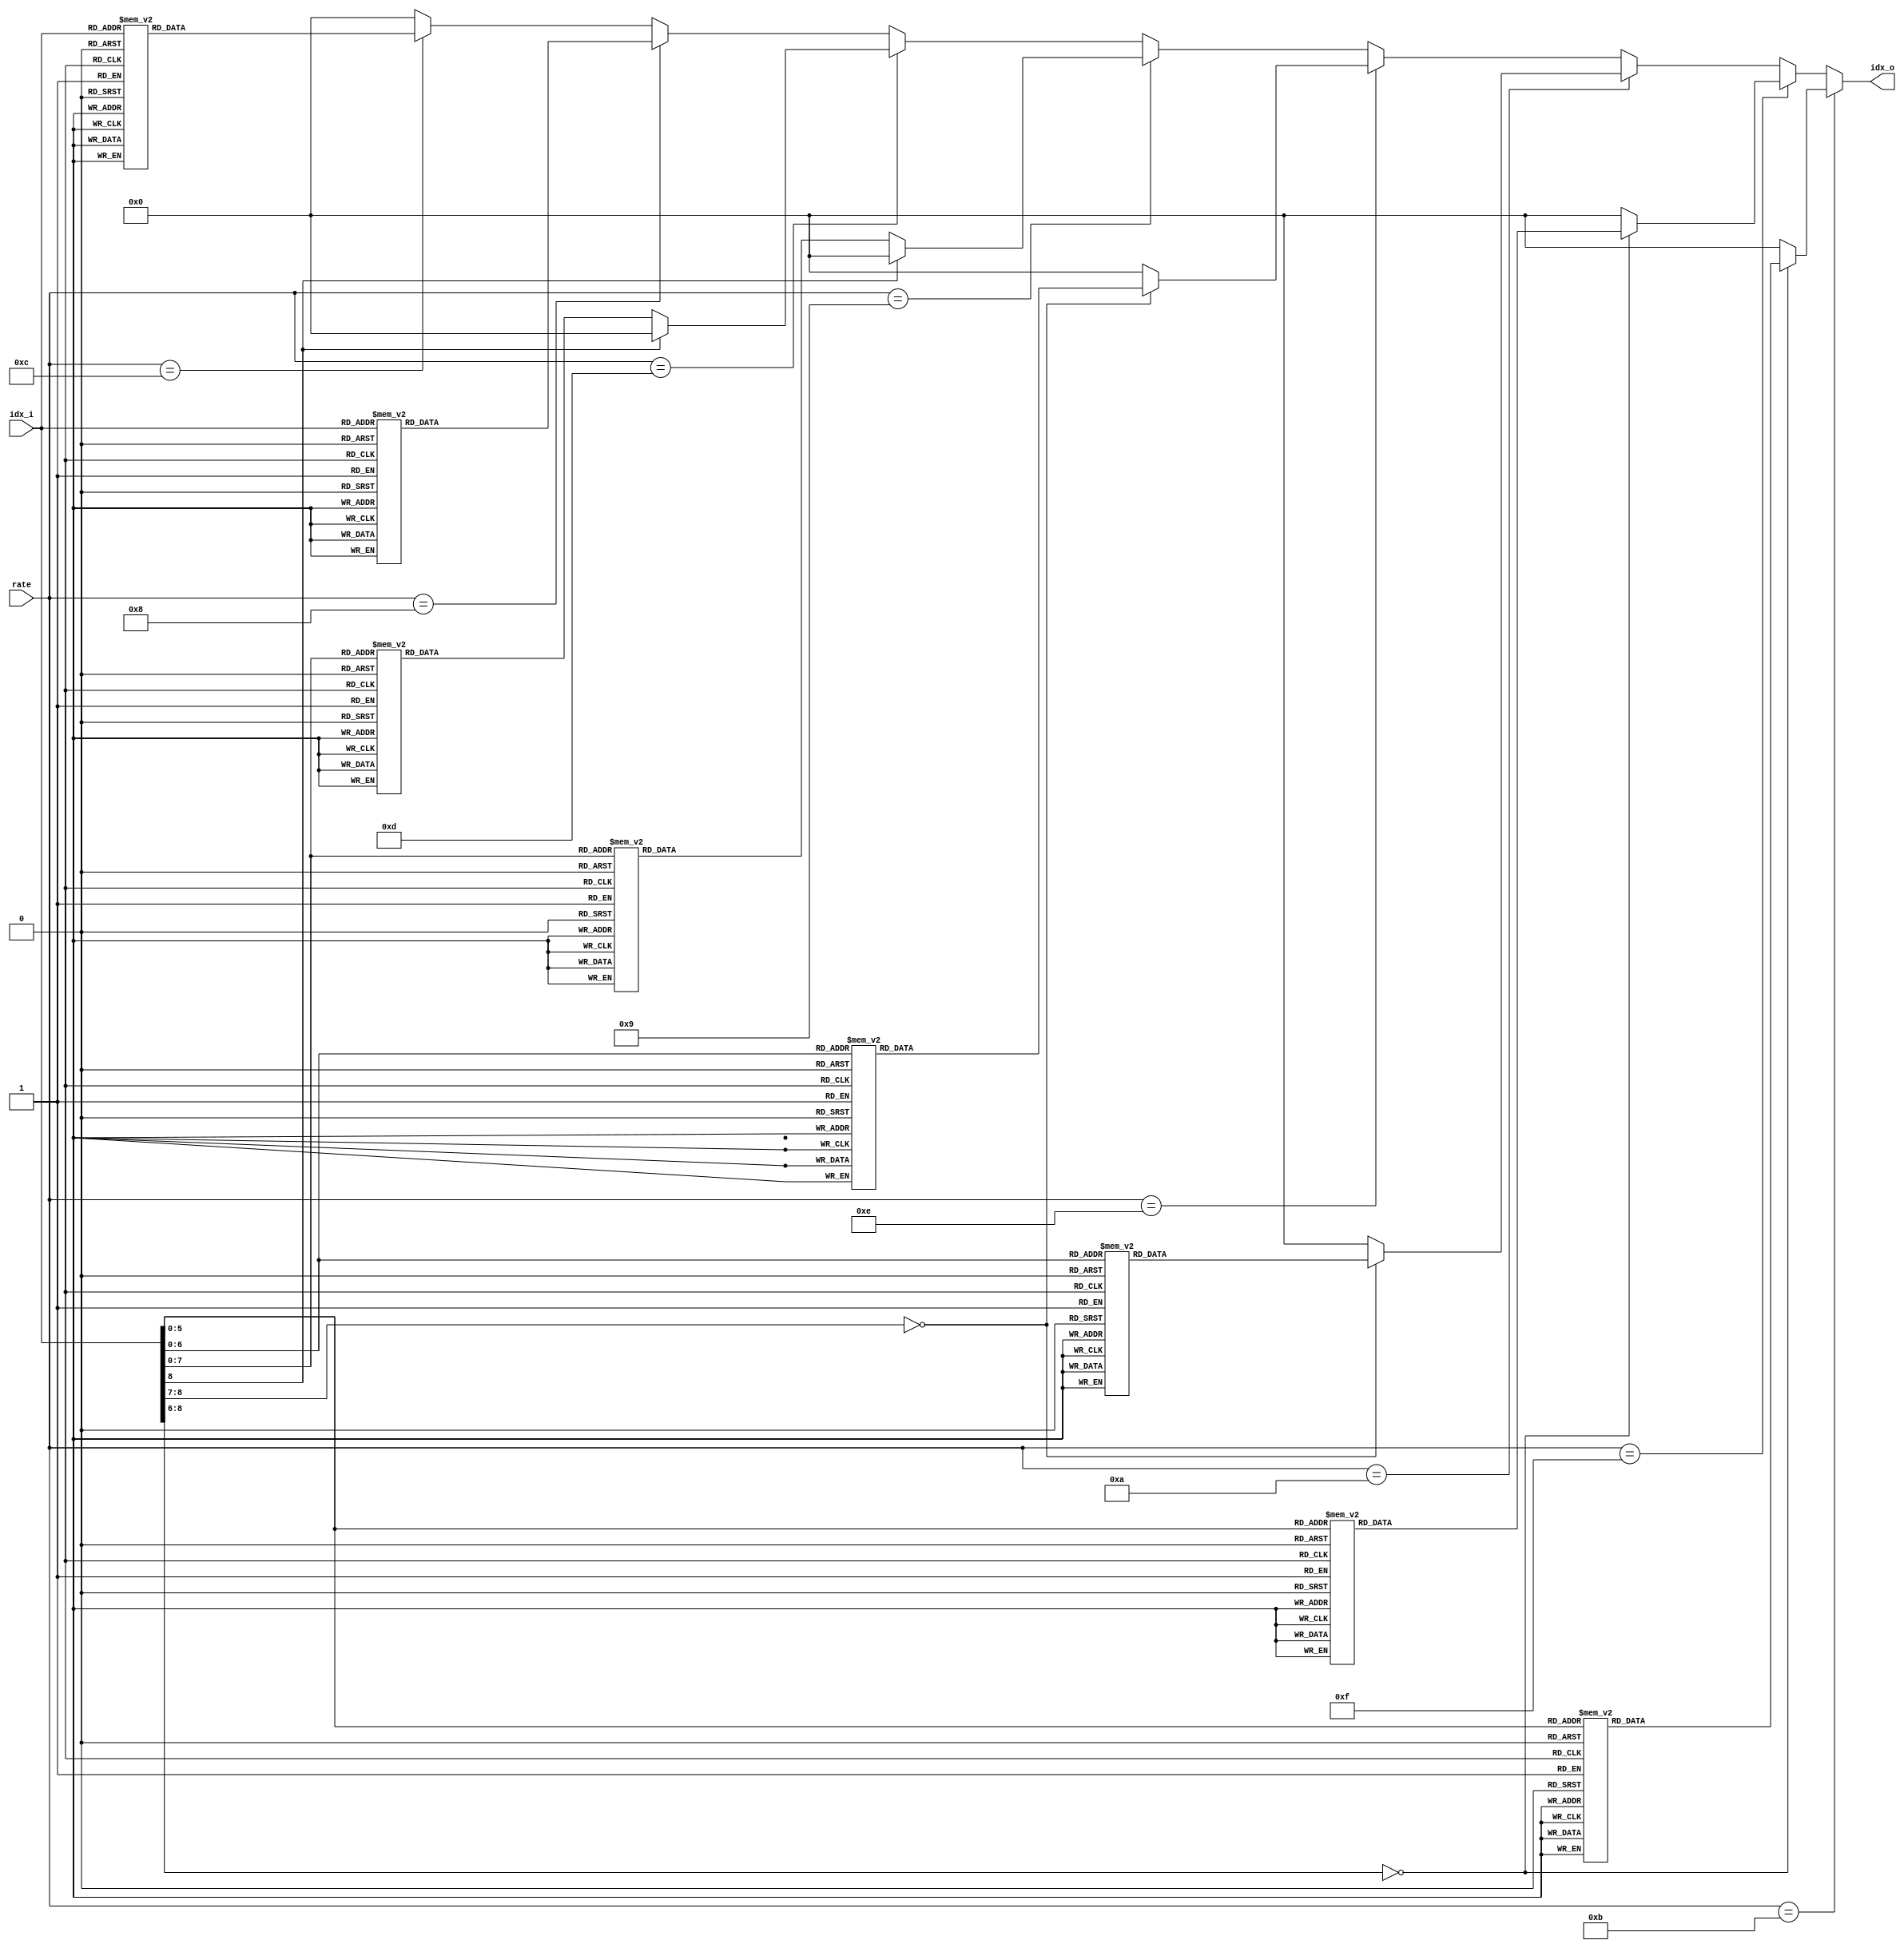
/*
 * interleaver_lut - TODO
 *
 * Michael Tetemke Mehari michael.mehari@ugent.be
 */

module interleaver_lut
(
  input  wire [3:0] rate,
  input  wire [8:0] idx_i,
  output reg  [8:0] idx_o 
);

  always @ * begin
    idx_o = 0;
	// 6 Mbps
	if(rate == 4'b1011) begin
	  case (idx_i)
		 0:     idx_o = 47;
		 1:     idx_o = 31;
		 2:     idx_o = 15;
		 3:     idx_o = 46;
		 4:     idx_o = 30;
		 5:     idx_o = 14;
		 6:     idx_o = 45;
		 7:     idx_o = 29;
		 8:     idx_o = 13;
		 9:     idx_o = 44;
		10:     idx_o = 28;
		11:     idx_o = 12;
		12:     idx_o = 43;
		13:     idx_o = 27;
		14:     idx_o = 11;
		15:     idx_o = 42;
		16:     idx_o = 26;
		17:     idx_o = 10;
		18:     idx_o = 41;
		19:     idx_o = 25;
		20:     idx_o = 9;
		21:     idx_o = 40;
		22:     idx_o = 24;
		23:     idx_o = 8;
		24:     idx_o = 39;
		25:     idx_o = 23;
		26:     idx_o = 7;
		27:     idx_o = 38;
		28:     idx_o = 22;
		29:     idx_o = 6;
		30:     idx_o = 37;
		31:     idx_o = 21;
		32:     idx_o = 5;
		33:     idx_o = 36;
		34:     idx_o = 20;
		35:     idx_o = 4;
		36:     idx_o = 35;
		37:     idx_o = 19;
		38:     idx_o = 3;
		39:     idx_o = 34;
		40:     idx_o = 18;
		41:     idx_o = 2;
		42:     idx_o = 33;
		43:     idx_o = 17;
		44:     idx_o = 1;
		45:     idx_o = 32;
		46:     idx_o = 16;
		47:     idx_o = 0;
	  endcase
	end

	// 9 Mbps
	else if(rate == 4'b1111) begin
	  case (idx_i)
         0 :     idx_o = 71;
         1 :     idx_o = 47;
         2 :     idx_o = 23;
         3 :     idx_o = 70;
         4 :     idx_o = 46;
         5 :     idx_o = 22;
         6 :     idx_o = 69;
         7 :     idx_o = 45;
         8 :     idx_o = 21;
         9 :     idx_o = 66;
        10 :     idx_o = 42;
        11 :     idx_o = 18;
        12 :     idx_o = 65;
        13 :     idx_o = 41;
        14 :     idx_o = 17;
        15 :     idx_o = 64;
        16 :     idx_o = 40;
        17 :     idx_o = 16;
        18 :     idx_o = 63;
        19 :     idx_o = 39;
        20 :     idx_o = 15;
        21 :     idx_o = 60;
        22 :     idx_o = 36;
        23 :     idx_o = 12;
        24 :     idx_o = 59;
        25 :     idx_o = 35;
        26 :     idx_o = 11;
        27 :     idx_o = 58;
        28 :     idx_o = 34;
        29 :     idx_o = 10;
        30 :     idx_o = 57;
        31 :     idx_o = 33;
        32 :     idx_o = 9;
        33 :     idx_o = 54;
        34 :     idx_o = 30;
        35 :     idx_o = 6;
        36 :     idx_o = 53;
        37 :     idx_o = 29;
        38 :     idx_o = 5;
        39 :     idx_o = 52;
        40 :     idx_o = 28;
        41 :     idx_o = 4;
        42 :     idx_o = 51;
        43 :     idx_o = 27;
        44 :     idx_o = 3;
        45 :     idx_o = 48;
        46 :     idx_o = 24;
        47 :     idx_o = 0;
	  endcase
	end

	// 12 Mbps
	else if(rate == 4'b1010) begin
	  case (idx_i)
		 0:     idx_o = 95;
		 1:     idx_o = 79;
		 2:     idx_o = 63;
		 3:     idx_o = 47;
		 4:     idx_o = 31;
		 5:     idx_o = 15;
		 6:     idx_o = 94;
		 7:     idx_o = 78;
		 8:     idx_o = 62;
		 9:     idx_o = 46;
		10:     idx_o = 30;
		11:     idx_o = 14;
		12:     idx_o = 93;
		13:     idx_o = 77;
		14:     idx_o = 61;
		15:     idx_o = 45;
		16:     idx_o = 29;
		17:     idx_o = 13;
		18:     idx_o = 92;
		19:     idx_o = 76;
		20:     idx_o = 60;
		21:     idx_o = 44;
		22:     idx_o = 28;
		23:     idx_o = 12;
		24:     idx_o = 91;
		25:     idx_o = 75;
		26:     idx_o = 59;
		27:     idx_o = 43;
		28:     idx_o = 27;
		29:     idx_o = 11;
		30:     idx_o = 90;
		31:     idx_o = 74;
		32:     idx_o = 58;
		33:     idx_o = 42;
		34:     idx_o = 26;
		35:     idx_o = 10;
		36:     idx_o = 89;
		37:     idx_o = 73;
		38:     idx_o = 57;
		39:     idx_o = 41;
		40:     idx_o = 25;
		41:     idx_o = 9;
		42:     idx_o = 88;
		43:     idx_o = 72;
		44:     idx_o = 56;
		45:     idx_o = 40;
		46:     idx_o = 24;
		47:     idx_o = 8;
		48:     idx_o = 87;
		49:     idx_o = 71;
		50:     idx_o = 55;
		51:     idx_o = 39;
		52:     idx_o = 23;
		53:     idx_o = 7;
		54:     idx_o = 86;
		55:     idx_o = 70;
		56:     idx_o = 54;
		57:     idx_o = 38;
		58:     idx_o = 22;
		59:     idx_o = 6;
		60:     idx_o = 85;
		61:     idx_o = 69;
		62:     idx_o = 53;
		63:     idx_o = 37;
		64:     idx_o = 21;
		65:     idx_o = 5;
		66:     idx_o = 84;
		67:     idx_o = 68;
		68:     idx_o = 52;
		69:     idx_o = 36;
		70:     idx_o = 20;
		71:     idx_o = 4;
		72:     idx_o = 83;
		73:     idx_o = 67;
		74:     idx_o = 51;
		75:     idx_o = 35;
		76:     idx_o = 19;
		77:     idx_o = 3;
		78:     idx_o = 82;
		79:     idx_o = 66;
		80:     idx_o = 50;
		81:     idx_o = 34;
		82:     idx_o = 18;
		83:     idx_o = 2;
		84:     idx_o = 81;
		85:     idx_o = 65;
		86:     idx_o = 49;
		87:     idx_o = 33;
		88:     idx_o = 17;
		89:     idx_o = 1;
		90:     idx_o = 80;
		91:     idx_o = 64;
		92:     idx_o = 48;
		93:     idx_o = 32;
		94:     idx_o = 16;
		95:     idx_o = 0;
	  endcase
	end

	// 18 Mbps
	else if(rate == 4'b1110) begin
	  case (idx_i)
         0 :     idx_o = 143;
         1 :     idx_o = 119;
         2 :     idx_o = 95;
         3 :     idx_o = 71;
         4 :     idx_o = 47;
         5 :     idx_o = 23;
         6 :     idx_o = 142;
         7 :     idx_o = 118;
         8 :     idx_o = 94;
         9 :     idx_o = 70;
        10 :     idx_o = 46;
        11 :     idx_o = 22;
        12 :     idx_o = 141;
        13 :     idx_o = 117;
        14 :     idx_o = 93;
        15 :     idx_o = 69;
        16 :     idx_o = 45;
        17 :     idx_o = 21;
        18 :     idx_o = 138;
        19 :     idx_o = 114;
        20 :     idx_o = 90;
        21 :     idx_o = 66;
        22 :     idx_o = 42;
        23 :     idx_o = 18;
        24 :     idx_o = 137;
        25 :     idx_o = 113;
        26 :     idx_o = 89;
        27 :     idx_o = 65;
        28 :     idx_o = 41;
        29 :     idx_o = 17;
        30 :     idx_o = 136;
        31 :     idx_o = 112;
        32 :     idx_o = 88;
        33 :     idx_o = 64;
        34 :     idx_o = 40;
        35 :     idx_o = 16;
        36 :     idx_o = 135;
        37 :     idx_o = 111;
        38 :     idx_o = 87;
        39 :     idx_o = 63;
        40 :     idx_o = 39;
        41 :     idx_o = 15;
        42 :     idx_o = 132;
        43 :     idx_o = 108;
        44 :     idx_o = 84;
        45 :     idx_o = 60;
        46 :     idx_o = 36;
        47 :     idx_o = 12;
        48 :     idx_o = 131;
        49 :     idx_o = 107;
        50 :     idx_o = 83;
        51 :     idx_o = 59;
        52 :     idx_o = 35;
        53 :     idx_o = 11;
        54 :     idx_o = 130;
        55 :     idx_o = 106;
        56 :     idx_o = 82;
        57 :     idx_o = 58;
        58 :     idx_o = 34;
        59 :     idx_o = 10;
        60 :     idx_o = 129;
        61 :     idx_o = 105;
        62 :     idx_o = 81;
        63 :     idx_o = 57;
        64 :     idx_o = 33;
        65 :     idx_o = 9;
        66 :     idx_o = 126;
        67 :     idx_o = 102;
        68 :     idx_o = 78;
        69 :     idx_o = 54;
        70 :     idx_o = 30;
        71 :     idx_o = 6;
        72 :     idx_o = 125;
        73 :     idx_o = 101;
        74 :     idx_o = 77;
        75 :     idx_o = 53;
        76 :     idx_o = 29;
        77 :     idx_o = 5;
        78 :     idx_o = 124;
        79 :     idx_o = 100;
        80 :     idx_o = 76;
        81 :     idx_o = 52;
        82 :     idx_o = 28;
        83 :     idx_o = 4;
        84 :     idx_o = 123;
        85 :     idx_o = 99;
        86 :     idx_o = 75;
        87 :     idx_o = 51;
        88 :     idx_o = 27;
        89 :     idx_o = 3;
        90 :     idx_o = 120;
        91 :     idx_o = 96;
        92 :     idx_o = 72;
        93 :     idx_o = 48;
        94 :     idx_o = 24;
        95 :     idx_o = 0;
	  endcase
	end

	// 24 Mbps
	else if(rate == 4'b1001) begin
	  case (idx_i)
		  0:     idx_o = 191;
		  1:     idx_o = 175;
		  2:     idx_o = 159;
		  3:     idx_o = 143;
		  4:     idx_o = 127;
		  5:     idx_o = 111;
		  6:     idx_o = 95;
		  7:     idx_o = 79;
		  8:     idx_o = 63;
		  9:     idx_o = 47;
		 10:     idx_o = 31;
		 11:     idx_o = 15;
		 12:     idx_o = 174;
		 13:     idx_o = 190;
		 14:     idx_o = 142;
		 15:     idx_o = 158;
		 16:     idx_o = 110;
		 17:     idx_o = 126;
		 18:     idx_o = 78;
		 19:     idx_o = 94;
		 20:     idx_o = 46;
		 21:     idx_o = 62;
		 22:     idx_o = 14;
		 23:     idx_o = 30;
		 24:     idx_o = 189;
		 25:     idx_o = 173;
		 26:     idx_o = 157;
		 27:     idx_o = 141;
		 28:     idx_o = 125;
		 29:     idx_o = 109;
		 30:     idx_o = 93;
		 31:     idx_o = 77;
		 32:     idx_o = 61;
		 33:     idx_o = 45;
		 34:     idx_o = 29;
		 35:     idx_o = 13;
		 36:     idx_o = 172;
		 37:     idx_o = 188;
		 38:     idx_o = 140;
		 39:     idx_o = 156;
		 40:     idx_o = 108;
		 41:     idx_o = 124;
		 42:     idx_o = 76;
		 43:     idx_o = 92;
		 44:     idx_o = 44;
		 45:     idx_o = 60;
		 46:     idx_o = 12;
		 47:     idx_o = 28;
		 48:     idx_o = 187;
		 49:     idx_o = 171;
		 50:     idx_o = 155;
		 51:     idx_o = 139;
		 52:     idx_o = 123;
		 53:     idx_o = 107;
		 54:     idx_o = 91;
		 55:     idx_o = 75;
		 56:     idx_o = 59;
		 57:     idx_o = 43;
		 58:     idx_o = 27;
		 59:     idx_o = 11;
		 60:     idx_o = 170;
		 61:     idx_o = 186;
		 62:     idx_o = 138;
		 63:     idx_o = 154;
		 64:     idx_o = 106;
		 65:     idx_o = 122;
		 66:     idx_o = 74;
		 67:     idx_o = 90;
		 68:     idx_o = 42;
		 69:     idx_o = 58;
		 70:     idx_o = 10;
		 71:     idx_o = 26;
		 72:     idx_o = 185;
		 73:     idx_o = 169;
		 74:     idx_o = 153;
		 75:     idx_o = 137;
		 76:     idx_o = 121;
		 77:     idx_o = 105;
		 78:     idx_o = 89;
		 79:     idx_o = 73;
		 80:     idx_o = 57;
		 81:     idx_o = 41;
		 82:     idx_o = 25;
		 83:     idx_o = 9;
		 84:     idx_o = 168;
		 85:     idx_o = 184;
		 86:     idx_o = 136;
		 87:     idx_o = 152;
		 88:     idx_o = 104;
		 89:     idx_o = 120;
		 90:     idx_o = 72;
		 91:     idx_o = 88;
		 92:     idx_o = 40;
		 93:     idx_o = 56;
		 94:     idx_o = 8;
		 95:     idx_o = 24;
		 96:     idx_o = 183;
		 97:     idx_o = 167;
		 98:     idx_o = 151;
		 99:     idx_o = 135;
		100:     idx_o = 119;
		101:     idx_o = 103;
		102:     idx_o = 87;
		103:     idx_o = 71;
		104:     idx_o = 55;
		105:     idx_o = 39;
		106:     idx_o = 23;
		107:     idx_o = 7;
		108:     idx_o = 166;
		109:     idx_o = 182;
		110:     idx_o = 134;
		111:     idx_o = 150;
		112:     idx_o = 102;
		113:     idx_o = 118;
		114:     idx_o = 70;
		115:     idx_o = 86;
		116:     idx_o = 38;
		117:     idx_o = 54;
		118:     idx_o = 6;
		119:     idx_o = 22;
		120:     idx_o = 181;
		121:     idx_o = 165;
		122:     idx_o = 149;
		123:     idx_o = 133;
		124:     idx_o = 117;
		125:     idx_o = 101;
		126:     idx_o = 85;
		127:     idx_o = 69;
		128:     idx_o = 53;
		129:     idx_o = 37;
		130:     idx_o = 21;
		131:     idx_o = 5;
		132:     idx_o = 164;
		133:     idx_o = 180;
		134:     idx_o = 132;
		135:     idx_o = 148;
		136:     idx_o = 100;
		137:     idx_o = 116;
		138:     idx_o = 68;
		139:     idx_o = 84;
		140:     idx_o = 36;
		141:     idx_o = 52;
		142:     idx_o = 4;
		143:     idx_o = 20;
		144:     idx_o = 179;
		145:     idx_o = 163;
		146:     idx_o = 147;
		147:     idx_o = 131;
		148:     idx_o = 115;
		149:     idx_o = 99;
		150:     idx_o = 83;
		151:     idx_o = 67;
		152:     idx_o = 51;
		153:     idx_o = 35;
		154:     idx_o = 19;
		155:     idx_o = 3;
		156:     idx_o = 162;
		157:     idx_o = 178;
		158:     idx_o = 130;
		159:     idx_o = 146;
		160:     idx_o = 98;
		161:     idx_o = 114;
		162:     idx_o = 66;
		163:     idx_o = 82;
		164:     idx_o = 34;
		165:     idx_o = 50;
		166:     idx_o = 2;
		167:     idx_o = 18;
		168:     idx_o = 177;
		169:     idx_o = 161;
		170:     idx_o = 145;
		171:     idx_o = 129;
		172:     idx_o = 113;
		173:     idx_o = 97;
		174:     idx_o = 81;
		175:     idx_o = 65;
		176:     idx_o = 49;
		177:     idx_o = 33;
		178:     idx_o = 17;
		179:     idx_o = 1;
		180:     idx_o = 160;
		181:     idx_o = 176;
		182:     idx_o = 128;
		183:     idx_o = 144;
		184:     idx_o = 96;
		185:     idx_o = 112;
		186:     idx_o = 64;
		187:     idx_o = 80;
		188:     idx_o = 32;
		189:     idx_o = 48;
		190:     idx_o = 0;
		191:     idx_o = 16;
	  endcase
	end

	// 36 Mbps
	else if(rate == 4'b1101) begin
	  case (idx_i)
          0 :     idx_o = 287;
          1 :     idx_o = 263;
          2 :     idx_o = 239;
          3 :     idx_o = 215;
          4 :     idx_o = 191;
          5 :     idx_o = 167;
          6 :     idx_o = 143;
          7 :     idx_o = 119;
          8 :     idx_o = 95;
          9 :     idx_o = 71;
         10 :     idx_o = 47;
         11 :     idx_o = 23;
         12 :     idx_o = 262;
         13 :     idx_o = 286;
         14 :     idx_o = 214;
         15 :     idx_o = 238;
         16 :     idx_o = 166;
         17 :     idx_o = 190;
         18 :     idx_o = 118;
         19 :     idx_o = 142;
         20 :     idx_o = 70;
         21 :     idx_o = 94;
         22 :     idx_o = 22;
         23 :     idx_o = 46;
         24 :     idx_o = 285;
         25 :     idx_o = 261;
         26 :     idx_o = 237;
         27 :     idx_o = 213;
         28 :     idx_o = 189;
         29 :     idx_o = 165;
         30 :     idx_o = 141;
         31 :     idx_o = 117;
         32 :     idx_o = 93;
         33 :     idx_o = 69;
         34 :     idx_o = 45;
         35 :     idx_o = 21;
         36 :     idx_o = 258;
         37 :     idx_o = 282;
         38 :     idx_o = 210;
         39 :     idx_o = 234;
         40 :     idx_o = 162;
         41 :     idx_o = 186;
         42 :     idx_o = 114;
         43 :     idx_o = 138;
         44 :     idx_o = 66;
         45 :     idx_o = 90;
         46 :     idx_o = 18;
         47 :     idx_o = 42;
         48 :     idx_o = 281;
         49 :     idx_o = 257;
         50 :     idx_o = 233;
         51 :     idx_o = 209;
         52 :     idx_o = 185;
         53 :     idx_o = 161;
         54 :     idx_o = 137;
         55 :     idx_o = 113;
         56 :     idx_o = 89;
         57 :     idx_o = 65;
         58 :     idx_o = 41;
         59 :     idx_o = 17;
         60 :     idx_o = 256;
         61 :     idx_o = 280;
         62 :     idx_o = 208;
         63 :     idx_o = 232;
         64 :     idx_o = 160;
         65 :     idx_o = 184;
         66 :     idx_o = 112;
         67 :     idx_o = 136;
         68 :     idx_o = 64;
         69 :     idx_o = 88;
         70 :     idx_o = 16;
         71 :     idx_o = 40;
         72 :     idx_o = 279;
         73 :     idx_o = 255;
         74 :     idx_o = 231;
         75 :     idx_o = 207;
         76 :     idx_o = 183;
         77 :     idx_o = 159;
         78 :     idx_o = 135;
         79 :     idx_o = 111;
         80 :     idx_o = 87;
         81 :     idx_o = 63;
         82 :     idx_o = 39;
         83 :     idx_o = 15;
         84 :     idx_o = 252;
         85 :     idx_o = 276;
         86 :     idx_o = 204;
         87 :     idx_o = 228;
         88 :     idx_o = 156;
         89 :     idx_o = 180;
         90 :     idx_o = 108;
         91 :     idx_o = 132;
         92 :     idx_o = 60;
         93 :     idx_o = 84;
         94 :     idx_o = 12;
         95 :     idx_o = 36;
         96 :     idx_o = 275;
         97 :     idx_o = 251;
         98 :     idx_o = 227;
         99 :     idx_o = 203;
        100 :     idx_o = 179;
        101 :     idx_o = 155;
        102 :     idx_o = 131;
        103 :     idx_o = 107;
        104 :     idx_o = 83;
        105 :     idx_o = 59;
        106 :     idx_o = 35;
        107 :     idx_o = 11;
        108 :     idx_o = 250;
        109 :     idx_o = 274;
        110 :     idx_o = 202;
        111 :     idx_o = 226;
        112 :     idx_o = 154;
        113 :     idx_o = 178;
        114 :     idx_o = 106;
        115 :     idx_o = 130;
        116 :     idx_o = 58;
        117 :     idx_o = 82;
        118 :     idx_o = 10;
        119 :     idx_o = 34;
        120 :     idx_o = 273;
        121 :     idx_o = 249;
        122 :     idx_o = 225;
        123 :     idx_o = 201;
        124 :     idx_o = 177;
        125 :     idx_o = 153;
        126 :     idx_o = 129;
        127 :     idx_o = 105;
        128 :     idx_o = 81;
        129 :     idx_o = 57;
        130 :     idx_o = 33;
        131 :     idx_o = 9;
        132 :     idx_o = 246;
        133 :     idx_o = 270;
        134 :     idx_o = 198;
        135 :     idx_o = 222;
        136 :     idx_o = 150;
        137 :     idx_o = 174;
        138 :     idx_o = 102;
        139 :     idx_o = 126;
        140 :     idx_o = 54;
        141 :     idx_o = 78;
        142 :     idx_o = 6;
        143 :     idx_o = 30;
        144 :     idx_o = 269;
        145 :     idx_o = 245;
        146 :     idx_o = 221;
        147 :     idx_o = 197;
        148 :     idx_o = 173;
        149 :     idx_o = 149;
        150 :     idx_o = 125;
        151 :     idx_o = 101;
        152 :     idx_o = 77;
        153 :     idx_o = 53;
        154 :     idx_o = 29;
        155 :     idx_o = 5;
        156 :     idx_o = 244;
        157 :     idx_o = 268;
        158 :     idx_o = 196;
        159 :     idx_o = 220;
        160 :     idx_o = 148;
        161 :     idx_o = 172;
        162 :     idx_o = 100;
        163 :     idx_o = 124;
        164 :     idx_o = 52;
        165 :     idx_o = 76;
        166 :     idx_o = 4;
        167 :     idx_o = 28;
        168 :     idx_o = 267;
        169 :     idx_o = 243;
        170 :     idx_o = 219;
        171 :     idx_o = 195;
        172 :     idx_o = 171;
        173 :     idx_o = 147;
        174 :     idx_o = 123;
        175 :     idx_o = 99;
        176 :     idx_o = 75;
        177 :     idx_o = 51;
        178 :     idx_o = 27;
        179 :     idx_o = 3;
        180 :     idx_o = 240;
        181 :     idx_o = 264;
        182 :     idx_o = 192;
        183 :     idx_o = 216;
        184 :     idx_o = 144;
        185 :     idx_o = 168;
        186 :     idx_o = 96;
        187 :     idx_o = 120;
        188 :     idx_o = 48;
        189 :     idx_o = 72;
        190 :     idx_o = 0;
        191 :     idx_o = 24;
        
	  endcase
	end

	// 48 Mbps
	else if(rate == 4'b1000) begin
	  case (idx_i)
        0 :     idx_o = 383;
        1 :     idx_o = 362;
        2 :     idx_o = 341;
        3 :     idx_o = 319;
        4 :     idx_o = 298;
        5 :     idx_o = 277;
        6 :     idx_o = 255;
        7 :     idx_o = 234;
        8 :     idx_o = 213;
        9 :     idx_o = 191;
        10 :     idx_o = 170;
        11 :     idx_o = 149;
        12 :     idx_o = 127;
        13 :     idx_o = 106;
        14 :     idx_o = 85;
        15 :     idx_o = 63;
        16 :     idx_o = 42;
        17 :     idx_o = 21;
        18 :     idx_o = 361;
        19 :     idx_o = 339;
        20 :     idx_o = 382;
        21 :     idx_o = 297;
        22 :     idx_o = 275;
        23 :     idx_o = 318;
        24 :     idx_o = 233;
        25 :     idx_o = 211;
        26 :     idx_o = 254;
        27 :     idx_o = 169;
        28 :     idx_o = 147;
        29 :     idx_o = 190;
        30 :     idx_o = 105;
        31 :     idx_o = 83;
        32 :     idx_o = 126;
        33 :     idx_o = 41;
        34 :     idx_o = 19;
        35 :     idx_o = 62;
        36 :     idx_o = 338;
        37 :     idx_o = 381;
        38 :     idx_o = 359;
        39 :     idx_o = 274;
        40 :     idx_o = 317;
        41 :     idx_o = 295;
        42 :     idx_o = 210;
        43 :     idx_o = 253;
        44 :     idx_o = 231;
        45 :     idx_o = 146;
        46 :     idx_o = 189;
        47 :     idx_o = 167;
        48 :     idx_o = 82;
        49 :     idx_o = 125;
        50 :     idx_o = 103;
        51 :     idx_o = 18;
        52 :     idx_o = 61;
        53 :     idx_o = 39;
        54 :     idx_o = 379;
        55 :     idx_o = 358;
        56 :     idx_o = 337;
        57 :     idx_o = 315;
        58 :     idx_o = 294;
        59 :     idx_o = 273;
        60 :     idx_o = 251;
        61 :     idx_o = 230;
        62 :     idx_o = 209;
        63 :     idx_o = 187;
        64 :     idx_o = 166;
        65 :     idx_o = 145;
        66 :     idx_o = 123;
        67 :     idx_o = 102;
        68 :     idx_o = 81;
        69 :     idx_o = 59;
        70 :     idx_o = 38;
        71 :     idx_o = 17;
        72 :     idx_o = 357;
        73 :     idx_o = 335;
        74 :     idx_o = 378;
        75 :     idx_o = 293;
        76 :     idx_o = 271;
        77 :     idx_o = 314;
        78 :     idx_o = 229;
        79 :     idx_o = 207;
        80 :     idx_o = 250;
        81 :     idx_o = 165;
        82 :     idx_o = 143;
        83 :     idx_o = 186;
        84 :     idx_o = 101;
        85 :     idx_o = 79;
        86 :     idx_o = 122;
        87 :     idx_o = 37;
        88 :     idx_o = 15;
        89 :     idx_o = 58;
        90 :     idx_o = 334;
        91 :     idx_o = 377;
        92 :     idx_o = 355;
        93 :     idx_o = 270;
        94 :     idx_o = 313;
        95 :     idx_o = 291;
        96 :     idx_o = 206;
        97 :     idx_o = 249;
        98 :     idx_o = 227;
        99 :     idx_o = 142;
        100 :     idx_o = 185;
        101 :     idx_o = 163;
        102 :     idx_o = 78;
        103 :     idx_o = 121;
        104 :     idx_o = 99;
        105 :     idx_o = 14;
        106 :     idx_o = 57;
        107 :     idx_o = 35;
        108 :     idx_o = 375;
        109 :     idx_o = 354;
        110 :     idx_o = 333;
        111 :     idx_o = 311;
        112 :     idx_o = 290;
        113 :     idx_o = 269;
        114 :     idx_o = 247;
        115 :     idx_o = 226;
        116 :     idx_o = 205;
        117 :     idx_o = 183;
        118 :     idx_o = 162;
        119 :     idx_o = 141;
        120 :     idx_o = 119;
        121 :     idx_o = 98;
        122 :     idx_o = 77;
        123 :     idx_o = 55;
        124 :     idx_o = 34;
        125 :     idx_o = 13;
        126 :     idx_o = 353;
        127 :     idx_o = 331;
        128 :     idx_o = 374;
        129 :     idx_o = 289;
        130 :     idx_o = 267;
        131 :     idx_o = 310;
        132 :     idx_o = 225;
        133 :     idx_o = 203;
        134 :     idx_o = 246;
        135 :     idx_o = 161;
        136 :     idx_o = 139;
        137 :     idx_o = 182;
        138 :     idx_o = 97;
        139 :     idx_o = 75;
        140 :     idx_o = 118;
        141 :     idx_o = 33;
        142 :     idx_o = 11;
        143 :     idx_o = 54;
        144 :     idx_o = 330;
        145 :     idx_o = 373;
        146 :     idx_o = 351;
        147 :     idx_o = 266;
        148 :     idx_o = 309;
        149 :     idx_o = 287;
        150 :     idx_o = 202;
        151 :     idx_o = 245;
        152 :     idx_o = 223;
        153 :     idx_o = 138;
        154 :     idx_o = 181;
        155 :     idx_o = 159;
        156 :     idx_o = 74;
        157 :     idx_o = 117;
        158 :     idx_o = 95;
        159 :     idx_o = 10;
        160 :     idx_o = 53;
        161 :     idx_o = 31;
        162 :     idx_o = 371;
        163 :     idx_o = 350;
        164 :     idx_o = 329;
        165 :     idx_o = 307;
        166 :     idx_o = 286;
        167 :     idx_o = 265;
        168 :     idx_o = 243;
        169 :     idx_o = 222;
        170 :     idx_o = 201;
        171 :     idx_o = 179;
        172 :     idx_o = 158;
        173 :     idx_o = 137;
        174 :     idx_o = 115;
        175 :     idx_o = 94;
        176 :     idx_o = 73;
        177 :     idx_o = 51;
        178 :     idx_o = 30;
        179 :     idx_o = 9;
        180 :     idx_o = 349;
        181 :     idx_o = 327;
        182 :     idx_o = 370;
        183 :     idx_o = 285;
        184 :     idx_o = 263;
        185 :     idx_o = 306;
        186 :     idx_o = 221;
        187 :     idx_o = 199;
        188 :     idx_o = 242;
        189 :     idx_o = 157;
        190 :     idx_o = 135;
        191 :     idx_o = 178;
        192 :     idx_o = 93;
        193 :     idx_o = 71;
        194 :     idx_o = 114;
        195 :     idx_o = 29;
        196 :     idx_o = 7;
        197 :     idx_o = 50;
        198 :     idx_o = 326;
        199 :     idx_o = 369;
        200 :     idx_o = 347;
        201 :     idx_o = 262;
        202 :     idx_o = 305;
        203 :     idx_o = 283;
        204 :     idx_o = 198;
        205 :     idx_o = 241;
        206 :     idx_o = 219;
        207 :     idx_o = 134;
        208 :     idx_o = 177;
        209 :     idx_o = 155;
        210 :     idx_o = 70;
        211 :     idx_o = 113;
        212 :     idx_o = 91;
        213 :     idx_o = 6;
        214 :     idx_o = 49;
        215 :     idx_o = 27;
        216 :     idx_o = 367;
        217 :     idx_o = 346;
        218 :     idx_o = 325;
        219 :     idx_o = 303;
        220 :     idx_o = 282;
        221 :     idx_o = 261;
        222 :     idx_o = 239;
        223 :     idx_o = 218;
        224 :     idx_o = 197;
        225 :     idx_o = 175;
        226 :     idx_o = 154;
        227 :     idx_o = 133;
        228 :     idx_o = 111;
        229 :     idx_o = 90;
        230 :     idx_o = 69;
        231 :     idx_o = 47;
        232 :     idx_o = 26;
        233 :     idx_o = 5;
        234 :     idx_o = 345;
        235 :     idx_o = 323;
        236 :     idx_o = 366;
        237 :     idx_o = 281;
        238 :     idx_o = 259;
        239 :     idx_o = 302;
        240 :     idx_o = 217;
        241 :     idx_o = 195;
        242 :     idx_o = 238;
        243 :     idx_o = 153;
        244 :     idx_o = 131;
        245 :     idx_o = 174;
        246 :     idx_o = 89;
        247 :     idx_o = 67;
        248 :     idx_o = 110;
        249 :     idx_o = 25;
        250 :     idx_o = 3;
        251 :     idx_o = 46;
        252 :     idx_o = 322;
        253 :     idx_o = 365;
        254 :     idx_o = 343;
        255 :     idx_o = 258;
        256 :     idx_o = 301;
        257 :     idx_o = 279;
        258 :     idx_o = 194;
        259 :     idx_o = 237;
        260 :     idx_o = 215;
        261 :     idx_o = 130;
        262 :     idx_o = 173;
        263 :     idx_o = 151;
        264 :     idx_o = 66;
        265 :     idx_o = 109;
        266 :     idx_o = 87;
        267 :     idx_o = 2;
        268 :     idx_o = 45;
        269 :     idx_o = 23;
        270 :     idx_o = 363;
        271 :     idx_o = 342;
        272 :     idx_o = 321;
        273 :     idx_o = 299;
        274 :     idx_o = 278;
        275 :     idx_o = 257;
        276 :     idx_o = 235;
        277 :     idx_o = 214;
        278 :     idx_o = 193;
        279 :     idx_o = 171;
        280 :     idx_o = 150;
        281 :     idx_o = 129;
        282 :     idx_o = 107;
        283 :     idx_o = 86;
        284 :     idx_o = 65;
        285 :     idx_o = 43;
        286 :     idx_o = 22;
        287 :     idx_o = 1;
	  endcase
	end

	// 54 Mbps
	else if(rate == 4'b1100) begin
	  case (idx_i)
        0 :     idx_o = 431;
        1 :     idx_o = 407;
        2 :     idx_o = 383;
        3 :     idx_o = 359;
        4 :     idx_o = 335;
        5 :     idx_o = 311;
        6 :     idx_o = 287;
        7 :     idx_o = 263;
        8 :     idx_o = 239;
        9 :     idx_o = 215;
        10 :     idx_o = 191;
        11 :     idx_o = 167;
        12 :     idx_o = 143;
        13 :     idx_o = 119;
        14 :     idx_o = 95;
        15 :     idx_o = 71;
        16 :     idx_o = 47;
        17 :     idx_o = 23;
        18 :     idx_o = 406;
        19 :     idx_o = 382;
        20 :     idx_o = 430;
        21 :     idx_o = 334;
        22 :     idx_o = 310;
        23 :     idx_o = 358;
        24 :     idx_o = 262;
        25 :     idx_o = 238;
        26 :     idx_o = 286;
        27 :     idx_o = 190;
        28 :     idx_o = 166;
        29 :     idx_o = 214;
        30 :     idx_o = 118;
        31 :     idx_o = 94;
        32 :     idx_o = 142;
        33 :     idx_o = 46;
        34 :     idx_o = 22;
        35 :     idx_o = 70;
        36 :     idx_o = 381;
        37 :     idx_o = 429;
        38 :     idx_o = 405;
        39 :     idx_o = 309;
        40 :     idx_o = 357;
        41 :     idx_o = 333;
        42 :     idx_o = 237;
        43 :     idx_o = 285;
        44 :     idx_o = 261;
        45 :     idx_o = 165;
        46 :     idx_o = 213;
        47 :     idx_o = 189;
        48 :     idx_o = 93;
        49 :     idx_o = 141;
        50 :     idx_o = 117;
        51 :     idx_o = 21;
        52 :     idx_o = 69;
        53 :     idx_o = 45;
        54 :     idx_o = 426;
        55 :     idx_o = 402;
        56 :     idx_o = 378;
        57 :     idx_o = 354;
        58 :     idx_o = 330;
        59 :     idx_o = 306;
        60 :     idx_o = 282;
        61 :     idx_o = 258;
        62 :     idx_o = 234;
        63 :     idx_o = 210;
        64 :     idx_o = 186;
        65 :     idx_o = 162;
        66 :     idx_o = 138;
        67 :     idx_o = 114;
        68 :     idx_o = 90;
        69 :     idx_o = 66;
        70 :     idx_o = 42;
        71 :     idx_o = 18;
        72 :     idx_o = 401;
        73 :     idx_o = 377;
        74 :     idx_o = 425;
        75 :     idx_o = 329;
        76 :     idx_o = 305;
        77 :     idx_o = 353;
        78 :     idx_o = 257;
        79 :     idx_o = 233;
        80 :     idx_o = 281;
        81 :     idx_o = 185;
        82 :     idx_o = 161;
        83 :     idx_o = 209;
        84 :     idx_o = 113;
        85 :     idx_o = 89;
        86 :     idx_o = 137;
        87 :     idx_o = 41;
        88 :     idx_o = 17;
        89 :     idx_o = 65;
        90 :     idx_o = 376;
        91 :     idx_o = 424;
        92 :     idx_o = 400;
        93 :     idx_o = 304;
        94 :     idx_o = 352;
        95 :     idx_o = 328;
        96 :     idx_o = 232;
        97 :     idx_o = 280;
        98 :     idx_o = 256;
        99 :     idx_o = 160;
        100 :     idx_o = 208;
        101 :     idx_o = 184;
        102 :     idx_o = 88;
        103 :     idx_o = 136;
        104 :     idx_o = 112;
        105 :     idx_o = 16;
        106 :     idx_o = 64;
        107 :     idx_o = 40;
        108 :     idx_o = 423;
        109 :     idx_o = 399;
        110 :     idx_o = 375;
        111 :     idx_o = 351;
        112 :     idx_o = 327;
        113 :     idx_o = 303;
        114 :     idx_o = 279;
        115 :     idx_o = 255;
        116 :     idx_o = 231;
        117 :     idx_o = 207;
        118 :     idx_o = 183;
        119 :     idx_o = 159;
        120 :     idx_o = 135;
        121 :     idx_o = 111;
        122 :     idx_o = 87;
        123 :     idx_o = 63;
        124 :     idx_o = 39;
        125 :     idx_o = 15;
        126 :     idx_o = 396;
        127 :     idx_o = 372;
        128 :     idx_o = 420;
        129 :     idx_o = 324;
        130 :     idx_o = 300;
        131 :     idx_o = 348;
        132 :     idx_o = 252;
        133 :     idx_o = 228;
        134 :     idx_o = 276;
        135 :     idx_o = 180;
        136 :     idx_o = 156;
        137 :     idx_o = 204;
        138 :     idx_o = 108;
        139 :     idx_o = 84;
        140 :     idx_o = 132;
        141 :     idx_o = 36;
        142 :     idx_o = 12;
        143 :     idx_o = 60;
        144 :     idx_o = 371;
        145 :     idx_o = 419;
        146 :     idx_o = 395;
        147 :     idx_o = 299;
        148 :     idx_o = 347;
        149 :     idx_o = 323;
        150 :     idx_o = 227;
        151 :     idx_o = 275;
        152 :     idx_o = 251;
        153 :     idx_o = 155;
        154 :     idx_o = 203;
        155 :     idx_o = 179;
        156 :     idx_o = 83;
        157 :     idx_o = 131;
        158 :     idx_o = 107;
        159 :     idx_o = 11;
        160 :     idx_o = 59;
        161 :     idx_o = 35;
        162 :     idx_o = 418;
        163 :     idx_o = 394;
        164 :     idx_o = 370;
        165 :     idx_o = 346;
        166 :     idx_o = 322;
        167 :     idx_o = 298;
        168 :     idx_o = 274;
        169 :     idx_o = 250;
        170 :     idx_o = 226;
        171 :     idx_o = 202;
        172 :     idx_o = 178;
        173 :     idx_o = 154;
        174 :     idx_o = 130;
        175 :     idx_o = 106;
        176 :     idx_o = 82;
        177 :     idx_o = 58;
        178 :     idx_o = 34;
        179 :     idx_o = 10;
        180 :     idx_o = 393;
        181 :     idx_o = 369;
        182 :     idx_o = 417;
        183 :     idx_o = 321;
        184 :     idx_o = 297;
        185 :     idx_o = 345;
        186 :     idx_o = 249;
        187 :     idx_o = 225;
        188 :     idx_o = 273;
        189 :     idx_o = 177;
        190 :     idx_o = 153;
        191 :     idx_o = 201;
        192 :     idx_o = 105;
        193 :     idx_o = 81;
        194 :     idx_o = 129;
        195 :     idx_o = 33;
        196 :     idx_o = 9;
        197 :     idx_o = 57;
        198 :     idx_o = 366;
        199 :     idx_o = 414;
        200 :     idx_o = 390;
        201 :     idx_o = 294;
        202 :     idx_o = 342;
        203 :     idx_o = 318;
        204 :     idx_o = 222;
        205 :     idx_o = 270;
        206 :     idx_o = 246;
        207 :     idx_o = 150;
        208 :     idx_o = 198;
        209 :     idx_o = 174;
        210 :     idx_o = 78;
        211 :     idx_o = 126;
        212 :     idx_o = 102;
        213 :     idx_o = 6;
        214 :     idx_o = 54;
        215 :     idx_o = 30;
        216 :     idx_o = 413;
        217 :     idx_o = 389;
        218 :     idx_o = 365;
        219 :     idx_o = 341;
        220 :     idx_o = 317;
        221 :     idx_o = 293;
        222 :     idx_o = 269;
        223 :     idx_o = 245;
        224 :     idx_o = 221;
        225 :     idx_o = 197;
        226 :     idx_o = 173;
        227 :     idx_o = 149;
        228 :     idx_o = 125;
        229 :     idx_o = 101;
        230 :     idx_o = 77;
        231 :     idx_o = 53;
        232 :     idx_o = 29;
        233 :     idx_o = 5;
        234 :     idx_o = 388;
        235 :     idx_o = 364;
        236 :     idx_o = 412;
        237 :     idx_o = 316;
        238 :     idx_o = 292;
        239 :     idx_o = 340;
        240 :     idx_o = 244;
        241 :     idx_o = 220;
        242 :     idx_o = 268;
        243 :     idx_o = 172;
        244 :     idx_o = 148;
        245 :     idx_o = 196;
        246 :     idx_o = 100;
        247 :     idx_o = 76;
        248 :     idx_o = 124;
        249 :     idx_o = 28;
        250 :     idx_o = 4;
        251 :     idx_o = 52;
        252 :     idx_o = 363;
        253 :     idx_o = 411;
        254 :     idx_o = 387;
        255 :     idx_o = 291;
        256 :     idx_o = 339;
        257 :     idx_o = 315;
        258 :     idx_o = 219;
        259 :     idx_o = 267;
        260 :     idx_o = 243;
        261 :     idx_o = 147;
        262 :     idx_o = 195;
        263 :     idx_o = 171;
        264 :     idx_o = 75;
        265 :     idx_o = 123;
        266 :     idx_o = 99;
        267 :     idx_o = 3;
        268 :     idx_o = 51;
        269 :     idx_o = 27;
        270 :     idx_o = 408;
        271 :     idx_o = 384;
        272 :     idx_o = 360;
        273 :     idx_o = 336;
        274 :     idx_o = 312;
        275 :     idx_o = 288;
        276 :     idx_o = 264;
        277 :     idx_o = 240;
        278 :     idx_o = 216;
        279 :     idx_o = 192;
        280 :     idx_o = 168;
        281 :     idx_o = 144;
        282 :     idx_o = 120;
        283 :     idx_o = 96;
        284 :     idx_o = 72;
        285 :     idx_o = 48;
        286 :     idx_o = 24;
        287 :     idx_o = 0;
	  endcase
	end
end
endmodule